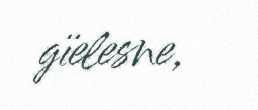
gïelesne,